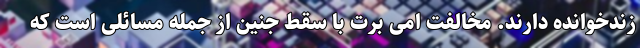
زندخوانده دارند. مخالفت امی برت با سقط جنین از جمله مسائلی است که